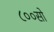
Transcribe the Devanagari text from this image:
८००सो